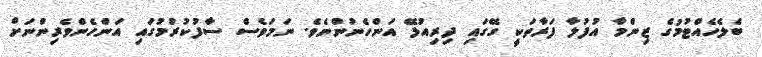
ބެލެހެއްޓުމުގެ ޒިންމާ އުފުލާ ފަރާތަކީ ގޭގައި ދިރިއުޅޭ އަންހެނުންނެވެ. ނަމަވެސް ސާފުކުރުމުގައި އަންހެންވެރިންނަށް